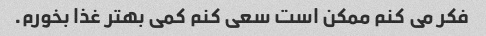
فکر می کنم ممکن است سعی کنم کمی بهتر غذا بخورم.